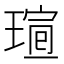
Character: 𤧺